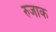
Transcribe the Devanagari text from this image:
रुजाक